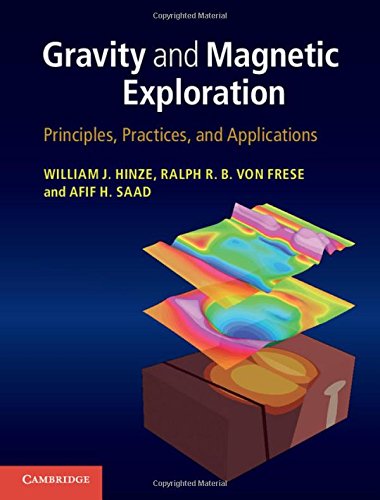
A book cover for Gravity and Magnetic Exploration: Principles, Practices, and Applications; Professor William J. Hinze; Science & Math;